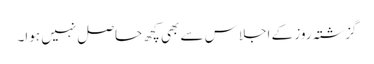
گزشتہ روز کے اجلاس سے بھی کچھ حاصل نہیں ہوا۔